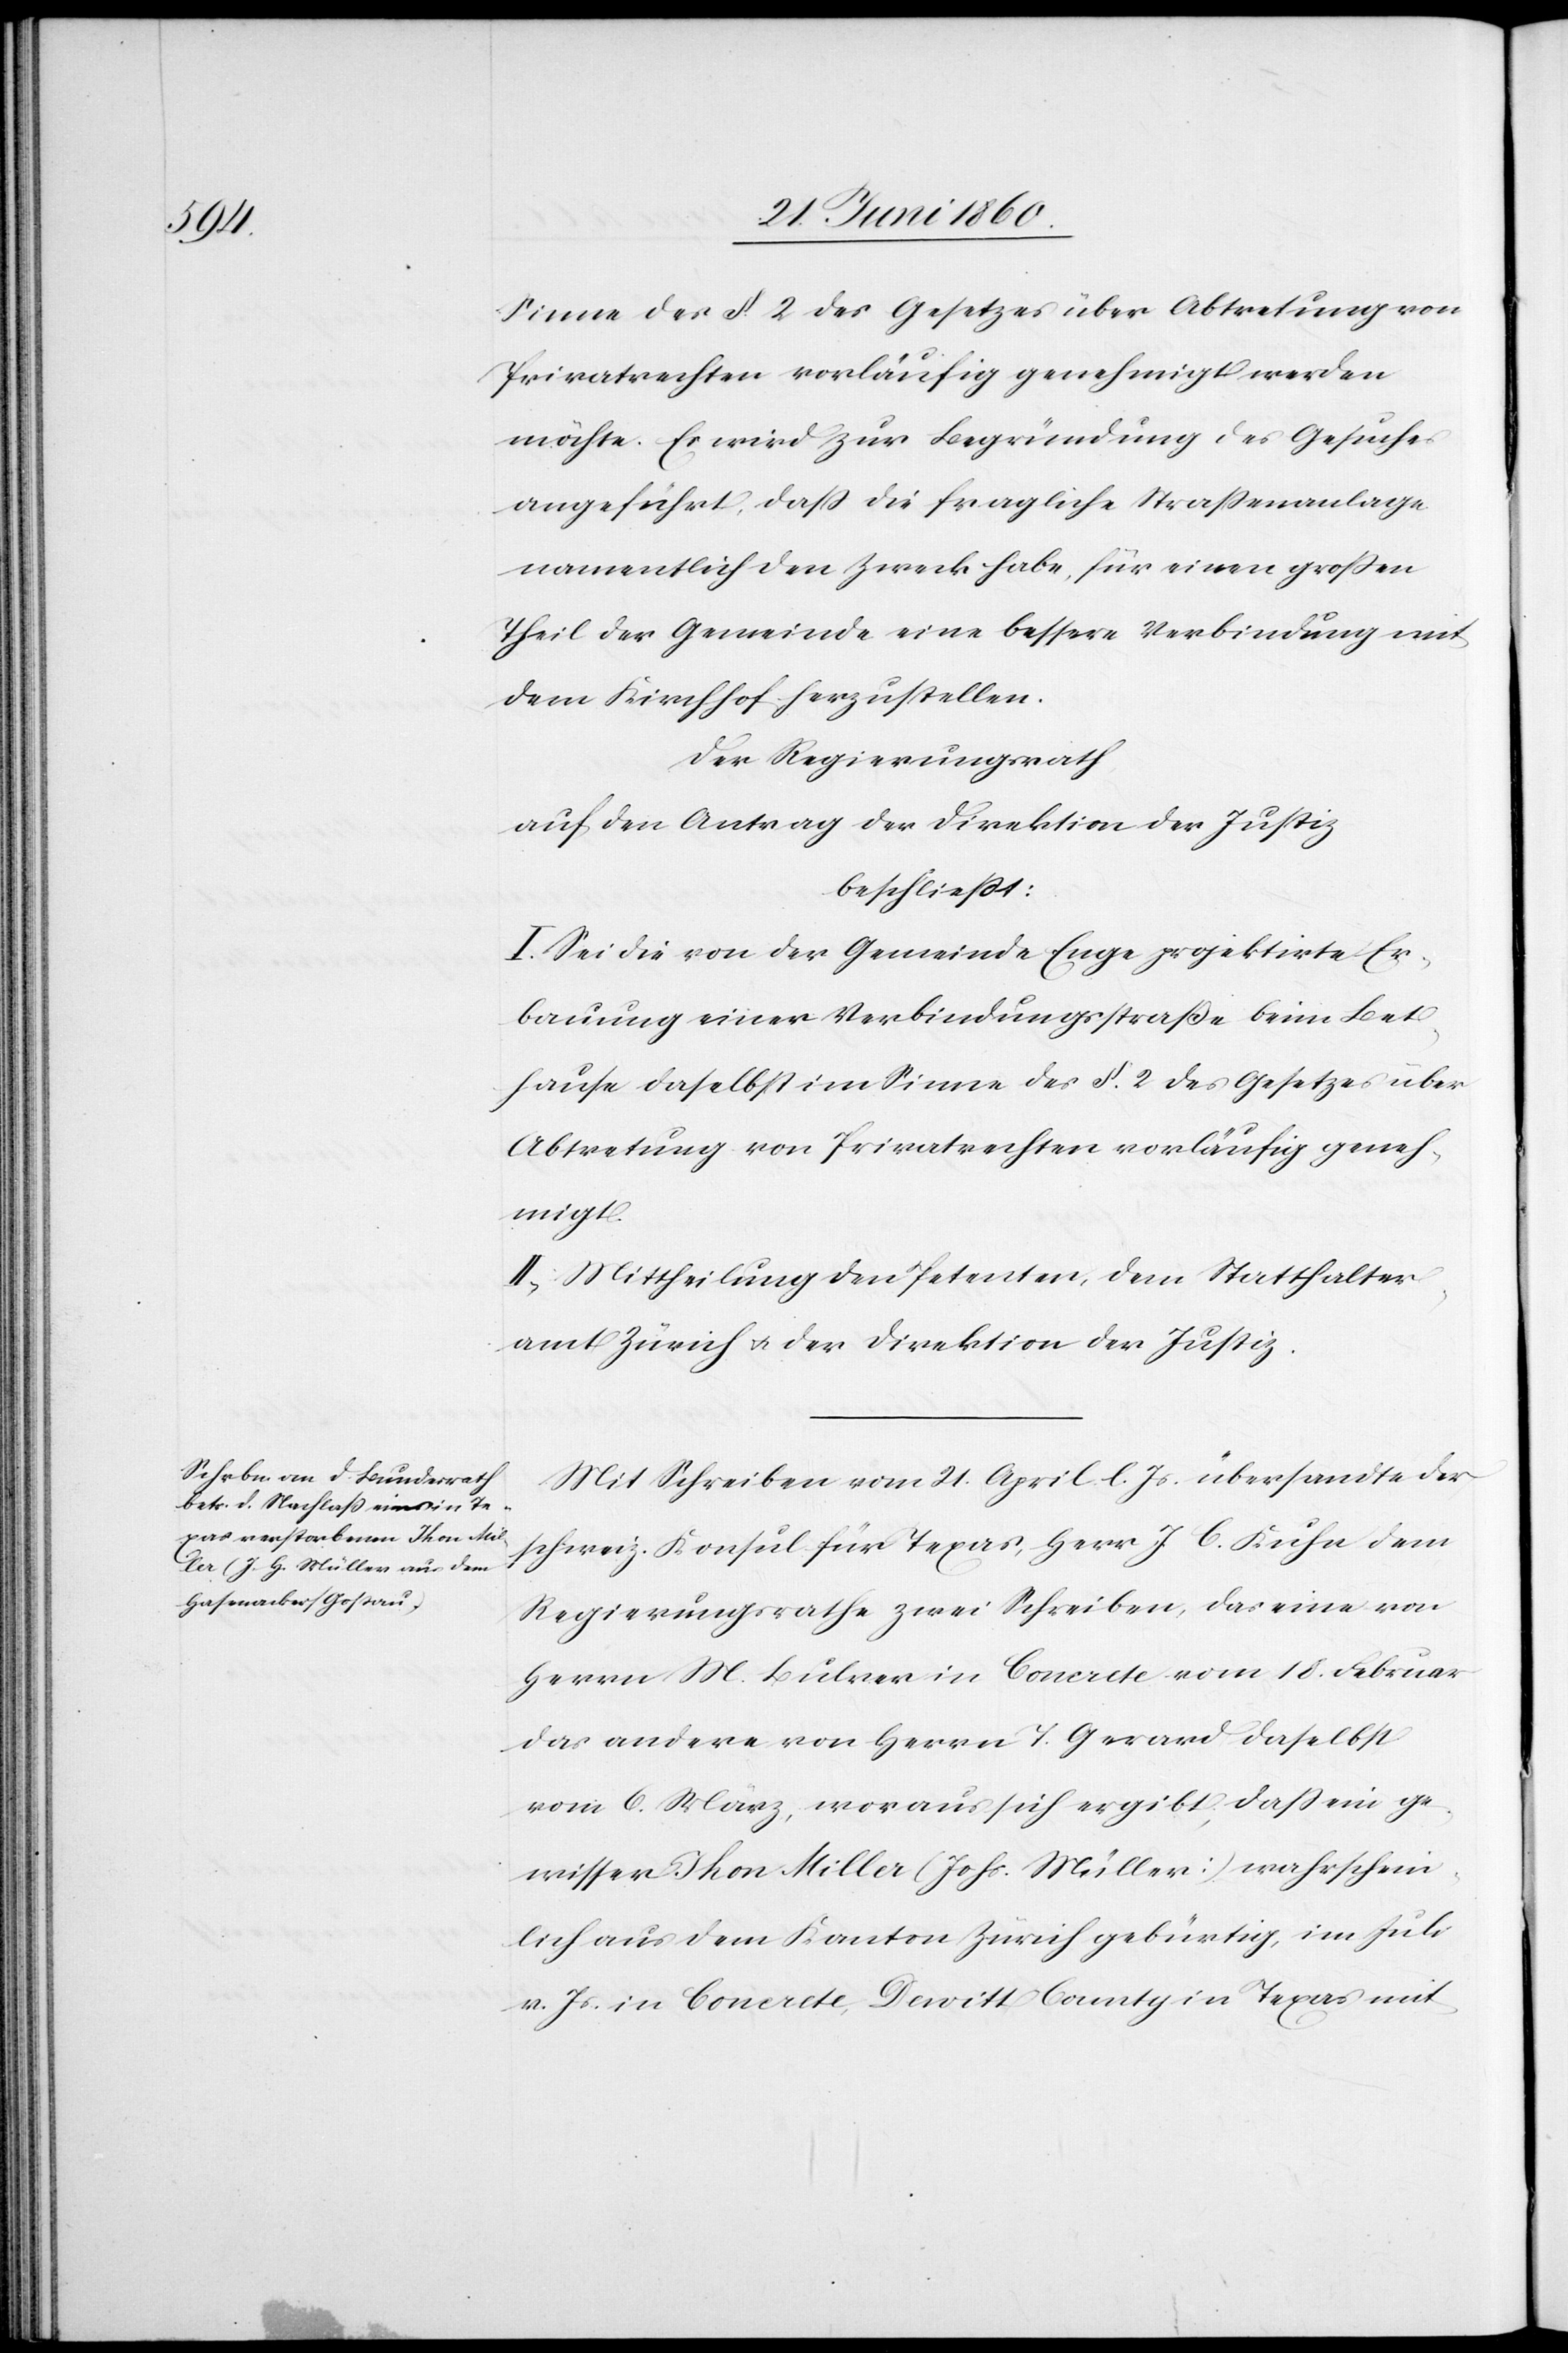
Sinne des §. 2. des Gesetzes über Abtretung von
Privatrechten vorläufig genehmigt werden
möchte. Es wird zur Begründung des Gesuches
angeführt, dass die fragliche Strassenanlage
namentlich den Zweck habe, für einen grossen
Theil der Gemeinde eine bessere Verbindung mit
dem Kirchhof herzustellen.
Der Regierungsrath
auf den Antrag der Direktion der Justiz
beschliesst:
I. Sei die von der Gemeinde Enge projektirte Er¬
bauung einer Verbindungsstrasse beim Bet¬
hause daselbst im Sinne des §. 2 des Gesetzes über
Abtretung von Privatrechten vorläufig geneh¬
migt.
II. Mittheilung den Petenten, dem Statthalter¬
amt Zürich u. der Direktion der Justiz.
Mit Schreiben vom 21. April l. Js. übersandte der
schweiz. Konsul für Texas, Herr J. C. Kuhn dem
Regierungsrathe zwei Schreiben, das eine von
Herrn M. Bulver in Concrete vom 18. Februar
das andere von Herrn T. Gerard daselbst
vom 6. März, woraus sich ergibt, dass ein ge¬
wisser Thon Miller (Johs. Müller) wahrschein¬
lich aus dem Kanton Zürich gebürtig, im Juli
v. Js. in Concrete, Davitt County in Texas mit